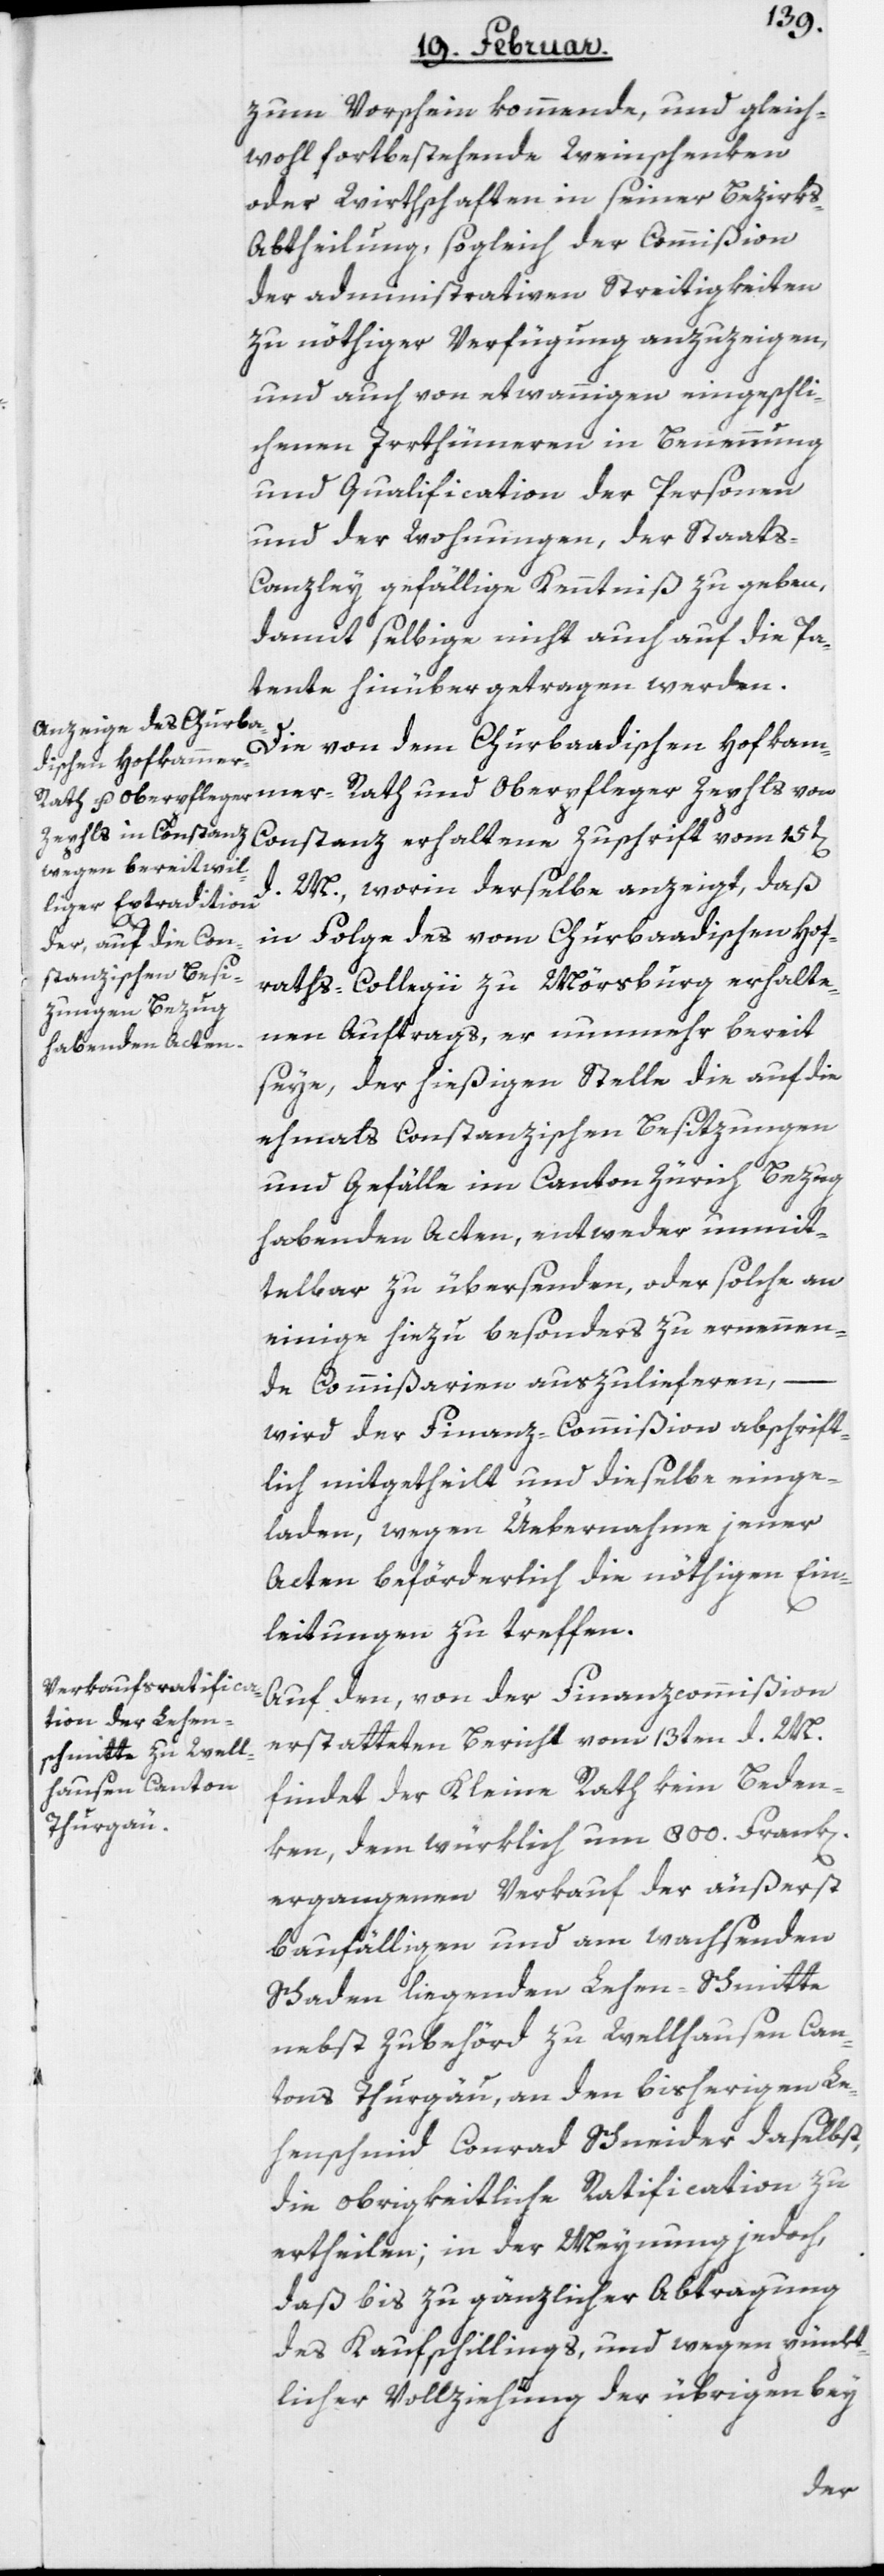
zum Vorschein kommende, und gleich¬
wohl fortbestehende Weinschenken
oder Wirthschaften in seiner Bezirk¬
s-Abtheilung, sogleich der Commißion
der administrativen Streitigkeiten
zu nöthiger Verfügung anzuzeigen,
und auch von etwannigen eingeschli¬
chenen Irrthümeren in Benennung
und Qualification der Personen
und der Wohnungen, der Staat¬
s-Canzley gefällige Kenntniß zu geben,
damit selbige nicht auch auf die Pa¬
tente hinübergetragen werden.
Die von dem Churbaadischen Hofkam¬
mer-Rath und Oberpfleger Zepfls von
Constanz erhaltene Zuschrift vom 15t[en]
d. M., worin derselbe anzeigt, daß
in Folge des vom Churbaadischen Hof¬
raths-Collegii zu Mörsburg erhalte¬
nen Auftrags, er nunmehr bereit
seye, der hießigen Stelle die auf die
ehmahls Constanzischen Besitzungen
und Gefälle im Canton Zürich Bezug
habenden Acten, entweder unmit¬
telbar zu übersenden, oder solche an
einige hiezu besonders zu ernennen¬
de Commißarien auszulieferen,
wird der Finanz-Commißion abschrift¬
lich mitgetheilt und dieselbe einge¬
laden, wegen Uebernahme jener
Acten beförderlich die nöthigen Ein¬
leitungen zu treffen.
Auf den, von der Finanzcommißion
erstatteten Bericht vom 13ten d. M.
findet der Kleine Rath kein Beden¬
ken, dem würklich um 800. Frank[en]
ergangenen Verkauf der äußerst
baufälligen und am wachsenden
Schaden liegenden Lehen-Schmitte
nebst Zubehörd zu Wellhausen Can¬
tons Thurgäu, an den bisherigen Le¬
henschmid Conrad Schneider daselbst,
die obrigkeitliche Ratification zu
ertheilen; in der Meynung jedoch,
daß bis zu gänzlicher Abtragung
des Kaufschillings, und wegen pünkt¬
licher Vollziehung der übrigen bey